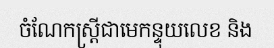
ចំណែកស្ត្រីជាមេកន្ទុយលេខ និង